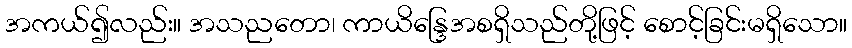
အကယ်၍လည်း။ အသညတော၊ ကာယိန္ဒြေအစရှိသည်တို့ဖြင့် စောင့်ခြင်းမရှိသော။